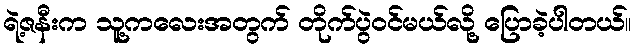
ရဲ့ဇနီးက သူ့ကလေးအတွက် တိုက်ပွဲဝင်မယ်လို့ ပြောခဲ့ပါတယ်။